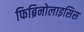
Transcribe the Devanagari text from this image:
फिब्रिनोलाइसिस